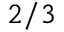
2 / 3